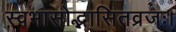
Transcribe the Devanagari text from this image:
स्वभासोद्भासितव्रजः।